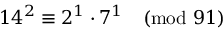
1 4 ^ { 2 } \equiv 2 ^ { 1 } \cdot 7 ^ { 1 } { \pmod { 9 1 } }